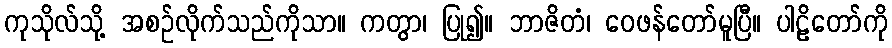
ကုသိုလ်သို့ အစဉ်လိုက်သည်ကိုသာ။ ကတွာ၊ ပြု၍။ ဘာဇိတံ၊ ဝေဖန်တော်မူပြီ။ ပါဠိတော်ကို